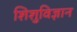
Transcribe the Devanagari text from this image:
शिशुविज्ञान